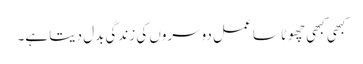
کبھی کبھی چھوٹا سا عمل دوسروں کی زندگی بدل دیتا ہے۔